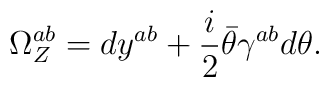
\Omega^{ab}_Z=dy^{ab}+{i\over 2}\bar\theta\gamma^{ab}d\theta.